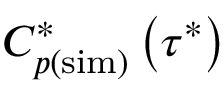
C _ { p ( \mathrm { s i m } ) } ^ { * } \left( \tau ^ { * } \right)